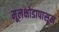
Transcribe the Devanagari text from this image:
मूलक्षोडापासून